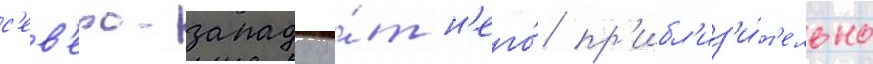
с'ев'еро-западу о́т н'его́ пр'ибл'из'и́т'ельно